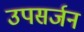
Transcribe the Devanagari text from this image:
उपसर्जन